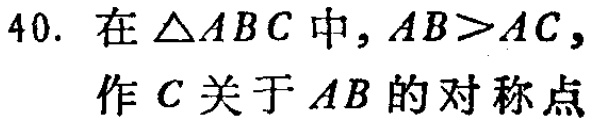
40. 在$\triangle ABC$中，$AB > AC$，作$C$关于$AB$的对称点